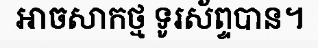
អាចសាកថ្ម ទូរស័ព្ទបាន។